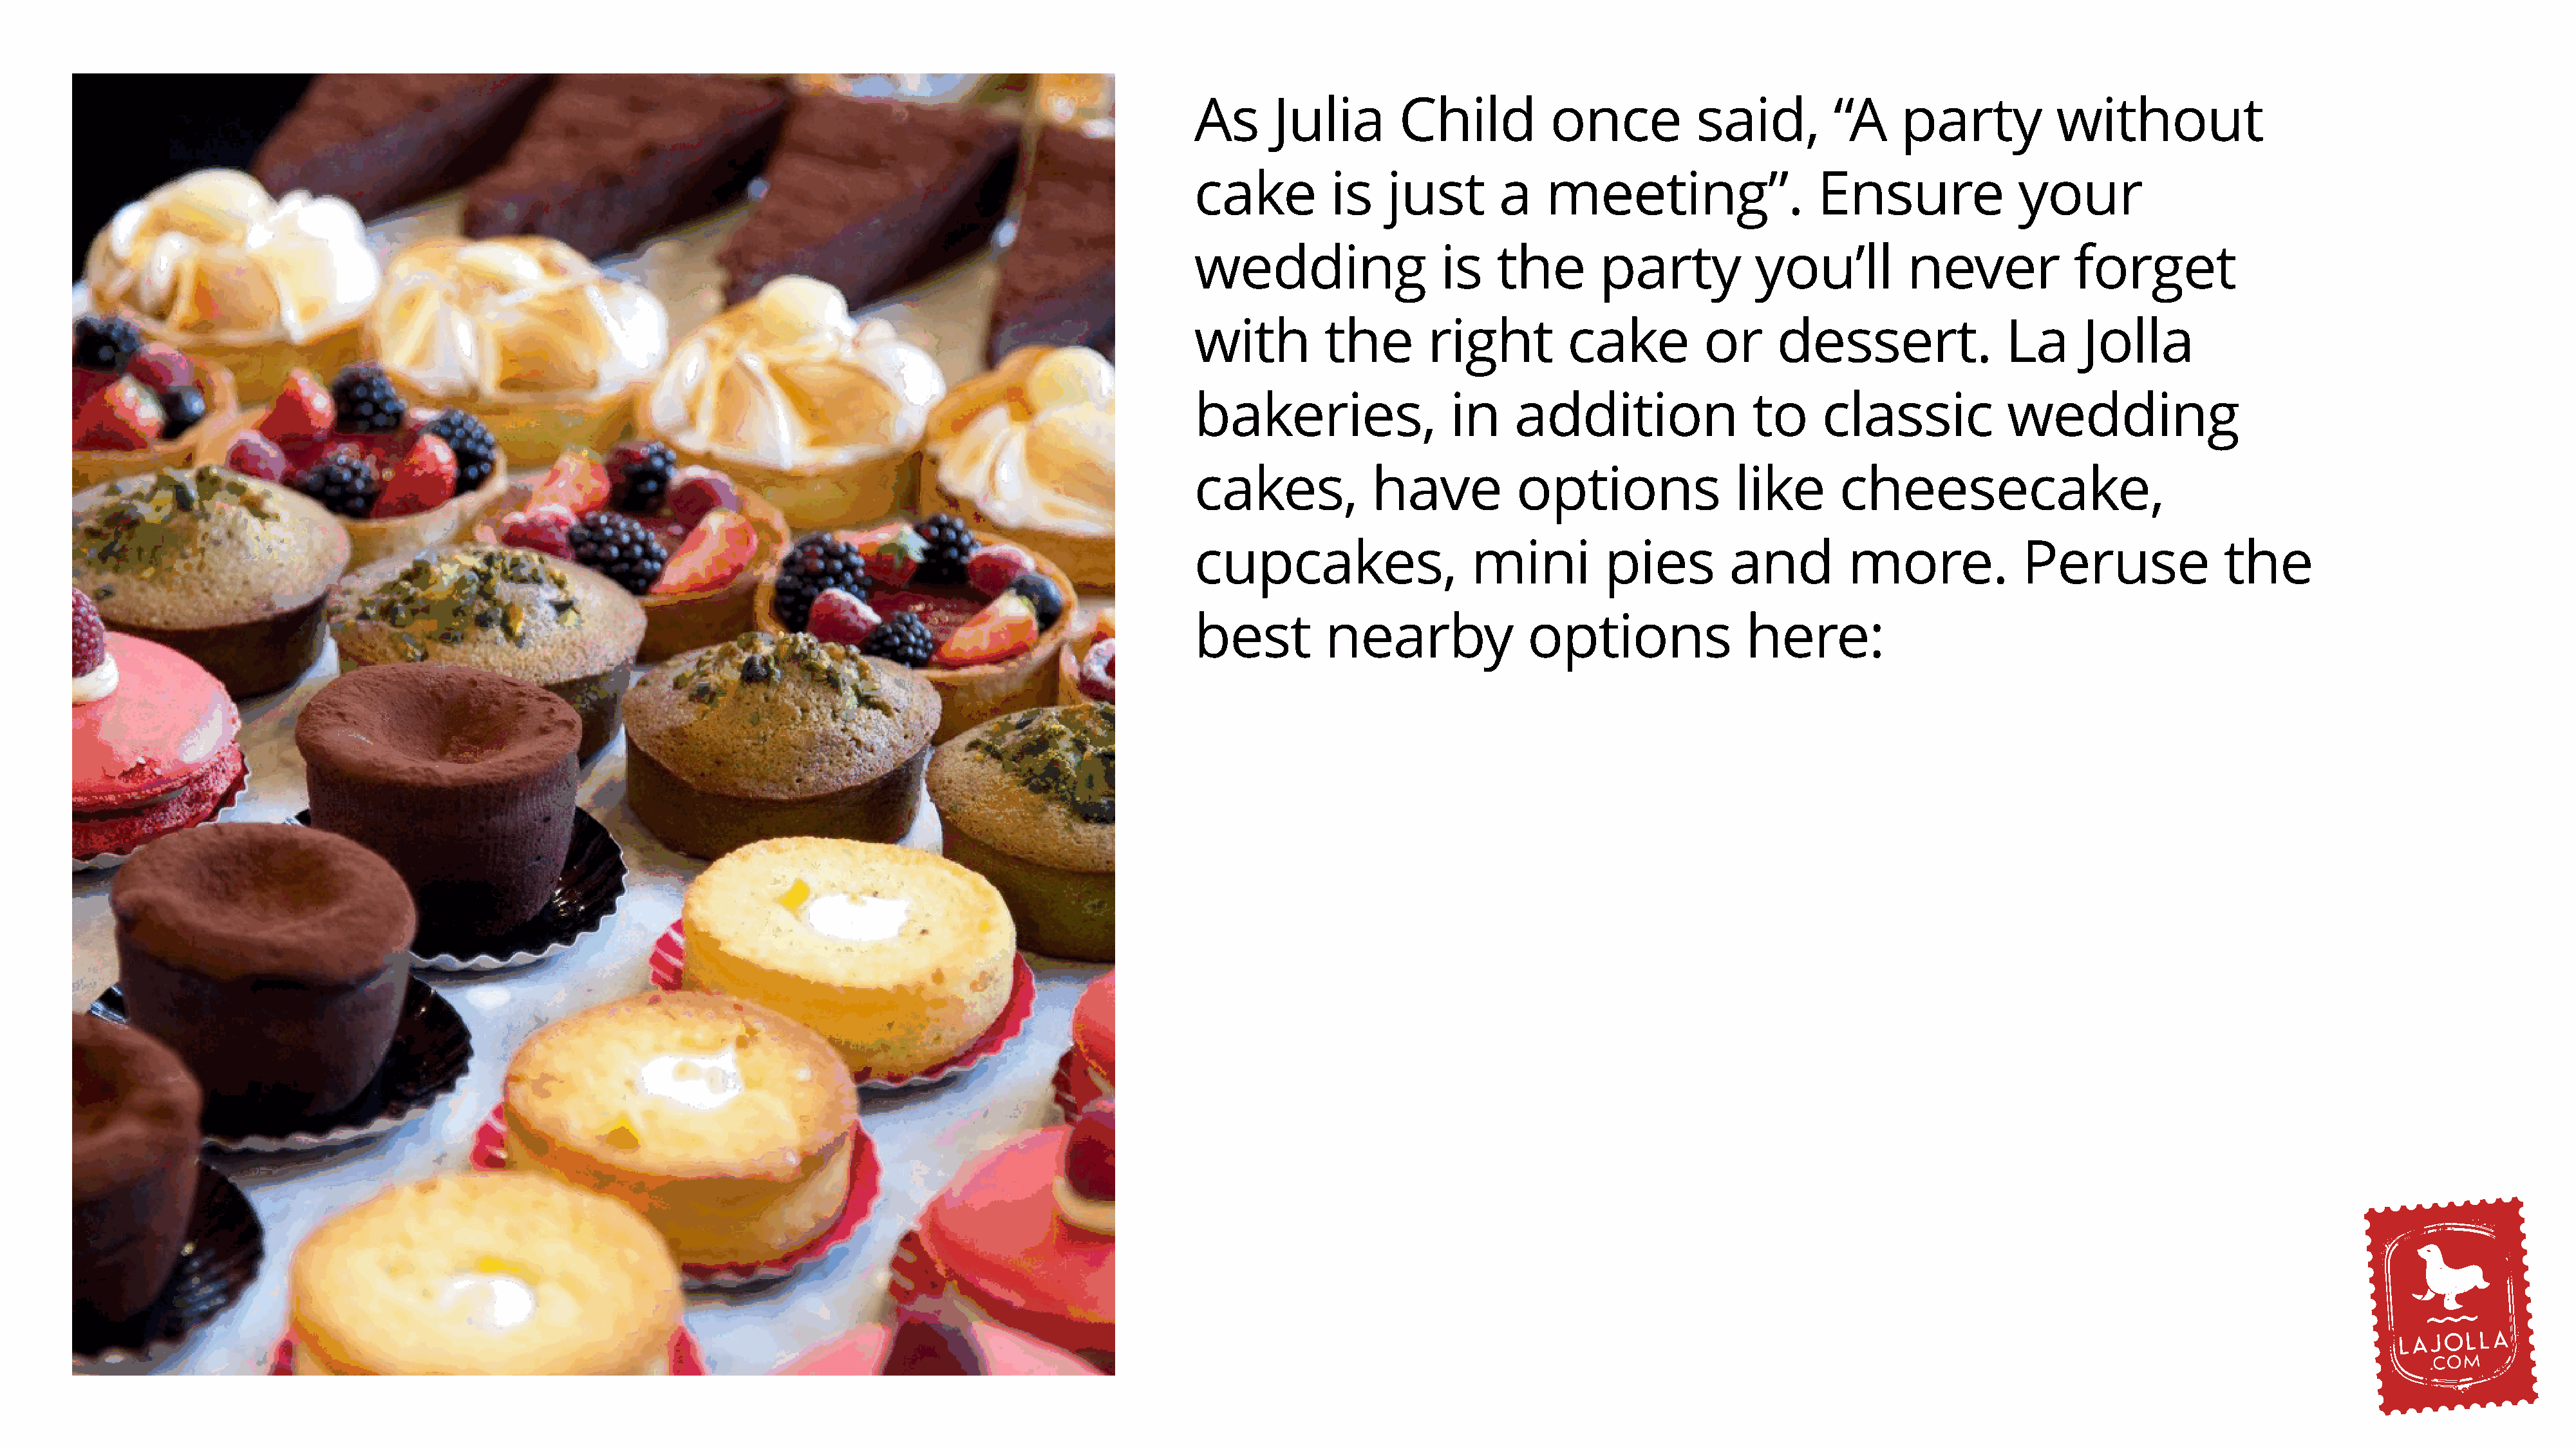
As      Julia        Child          once           said,         “A     party           without
 cake          is    just       a    meeting”.                   Ensure              your
 wedding                  is    the       party           you’ll          never            forget
 with         the        right         cake          or      dessert.               La      Jolla
 bakeries,                 in     addition                to     classic            wedding
 cakes,            have           options               like       cheesecake,
 cupcakes,                   mini          pies         and         more.             Peruse               the
 best         nearby               options               here: